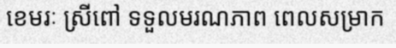
ខេមរៈ ស្រីពៅ ទទួលមរណភាព ពេលសម្រាក